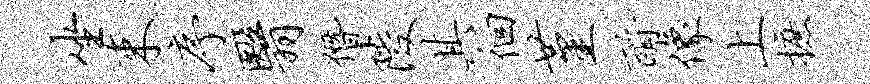
坐束序翳僭陵其徊堇酹像上摭